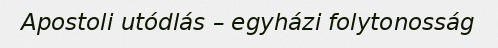
Apostoli utódlás – egyházi folytonosság